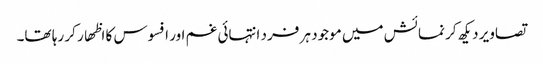
تصاویر دیکھ کر نمائش میں موجود ہر فرد انتہائی غم اور افسوس کا اظھار کر رہا تھا۔